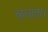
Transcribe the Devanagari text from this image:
चलाता।